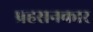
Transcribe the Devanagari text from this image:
प्रहसनकार